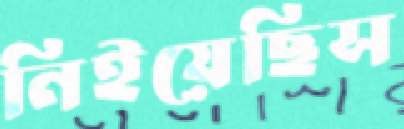
নিইয়েছিস